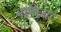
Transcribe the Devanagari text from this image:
वहीच्या